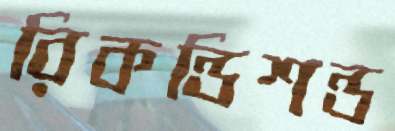
রিকন্ডিশন্ড